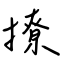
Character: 撩